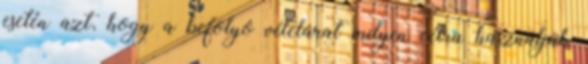
esetén azt, hogy a befolyó vételárat milyen célra használják